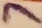
Text: 7